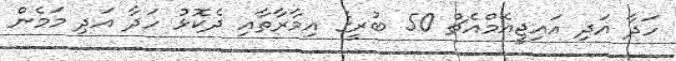
ހަދާ އަދި އައިޖީއެމްއެޗް 50 ބުރީގެ އިމާރާތާއި ދެކޮޅު ހަދާ އަދި މަމެން